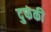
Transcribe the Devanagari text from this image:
दुफंकी